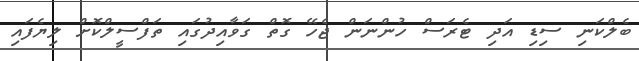
ބެލްކަނި ސިޑި އަދި ޓެރަސް ހުންނަން ޖެހޭ ގޮތް ގަވާއިދުގައި ތަފްސީލްކޮށް ލިޔެފައި